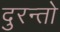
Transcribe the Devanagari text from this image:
दुरन्तो